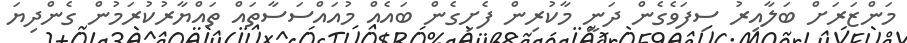
މަންޒަރަށް ބަލާއިރު ސިފަވެގެން ދަނީ މާކުރިން ފެށިގެން ބައެއް މުއައްސަސާތައް ތައްޔާރުކުރަމުން ގެންދިޔަ